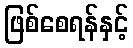
ဖြစ်စေရန်နှင့်